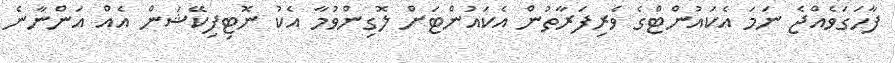
ފާހަގަވެއްޖެ ނަމަ އެކައުންޓްގެ ވެރިފަރާތުން އެކައުންޓަށް ލޮގިންވުމާ އެކު ނޮޓިފިކޭޝަން އެއް އަންނާނެ